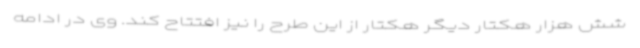
شش هزار هکتار دیگر هکتار از این طرح را نیز افتتاح کند. وی در ادامه